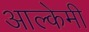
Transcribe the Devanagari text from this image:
आल्‍केमी